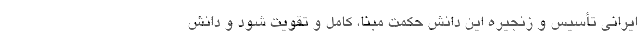
ایرانی تأسیس و زنجیره این دانش حکمت مبنا، کامل و تقویت شود و دانش